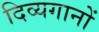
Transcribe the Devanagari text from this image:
दिव्यगानों